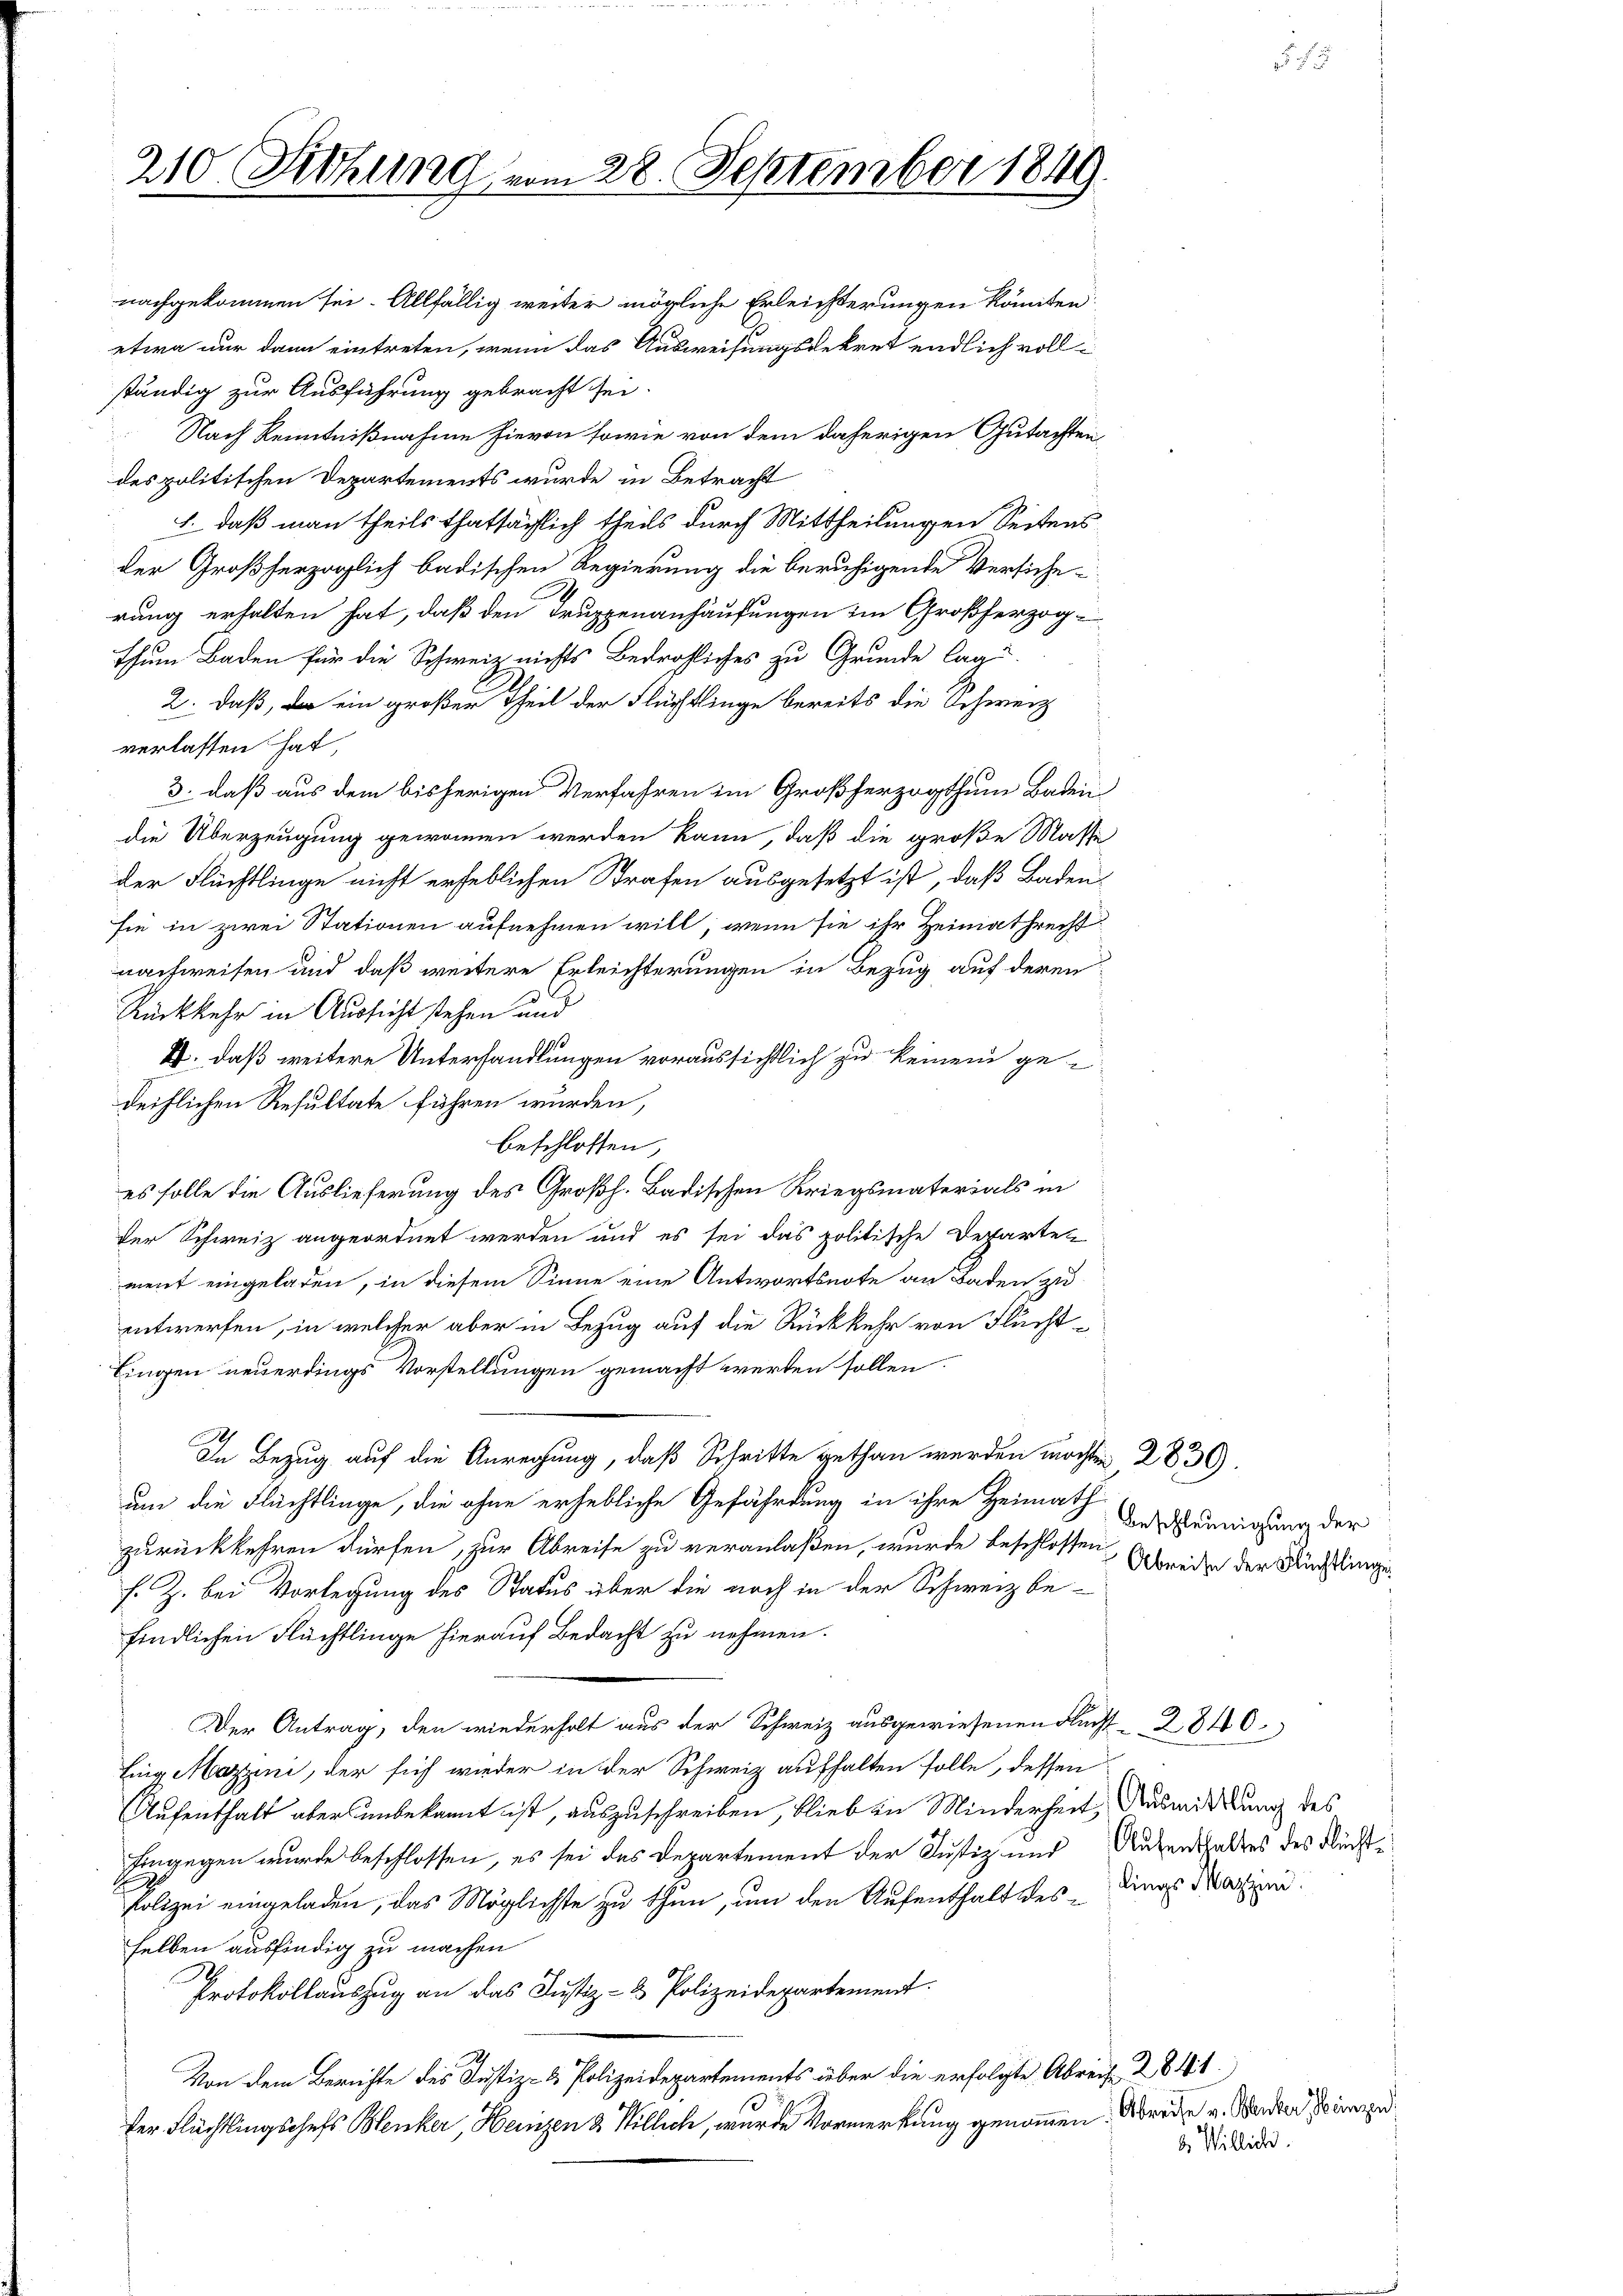
210. Kohung vom 28. September 1849

thum Baden für die Schweiz nichts Bedrohliches zu Grunde lag
2. daß, da ein großer Theil der Flüchtlinge bereits die Schweiz
verlassen hat,
3., daß aus dem bisherigen Verfahren im Großherzogthum Baden
die Überzeugung gewonnen werden kann, daß die große Masse
der Flüchtlinge nicht erheblichen Strafen ausgesetzt ist, daß Baden-
sie in zwei Stationen aufnehmen will, wenn sie ihr Heimathrecht.
nachweisen und daß weitere Erleichterungen in Bezug auf deren
Rückkehr in Aussicht stehen und
U. daß weitere Unterhandlungen voraussichtlich zu keinem gedeiflichen Resultate führen wurden,
beschlossen,
es solle die Auslieferung des Großh. Badischen Kriegsmaterials in
der Schweiz angeordnet werden und es sei das politische Departen
ment eingeladen, in diesem Sinne eine Antwortsnote an Baden zu
entwerfen, in welcher aber in Bezug auf die Rückkehr von Flücht¬
Eingen neuerdings Vorstellungen gemacht werden sollen.
In Bezug auf die Anregung, daß Schritte gethan werden möchten 283.
um die Flüchtlinge, die ohne erhebliche Gefährdung in ihre Heimath
zurückkehren dürfen, zur Abreise zu veranlaßen, wurde beschlossen beide der Richtlingef. Z. bei Vorlegung des Status über die noch in der Schweiz befindlichen Flüchtlinge hierauf Bedacht zu nehmen.
Der Antrag, den wiederholt aus der Schweiz ausgewiesenen Flucht 2840.
Ling Mazzini, der sich wieder in der Schweiz aufhalten solle, dessen
Aufenthalt aber unbekannt ist, auszuschreiben, blieb in Minderheit, Ausmittlung des
hingegen wurde beschlossen, es sei das Departement der Justiz und Aufenthaltes des Rücks¬
Polizei eingeladen, das Möglichste zu thun, um den Aufenthalt des Dings Martien
selben ausfindig zu machen
Protokollauszug an das Justiz- & Polizeidepartement.
Von dem Berichte des Justiz- & Polizeidepartements über die erfolgte Abreise 2 841.
der Flüchtlingschefs Benker, Heinzen 2 Stillich, wurde Vormerkung genommen. Werde v. Wander so imme

nachgekommen sei. Allfällig weiter mögliche Erleichterungen könnten
etwa nur dann eintreten, wenn das Ausweisungsdekret endlich voll
ständig zur Ausführung gebracht sei.
Nach Kenntnißnahme hievon sowie von dem daherigen Gutachten
des politischen Departements wurde in Betracht
1. daß man theils thatsächlich theils durch Mittheilungen Seitens
der Großherzoglich badischen Regierung die beruhigende Versiche
rung erhalten hat, daß den Truppenanhäufungen im Großherzog¬

Beschleunigung der

b. Williche.